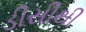
ડીસીથી